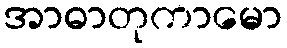
အာဓာတုကာမော